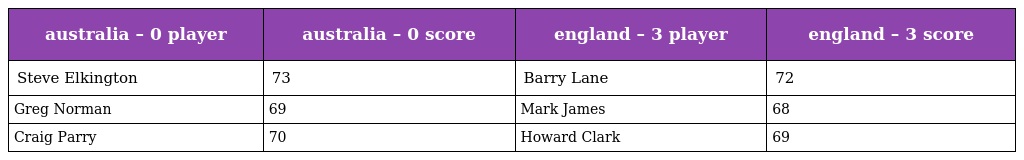
| australia – 0 player | australia – 0 score | england – 3 player | england – 3 score |
 | --- | --- | --- | --- |
 | Steve Elkington | 73 | Barry Lane | 72 |
 | Greg Norman | 69 | Mark James | 68 |
 | Craig Parry | 70 | Howard Clark | 69 |